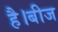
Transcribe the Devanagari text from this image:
है।बीज